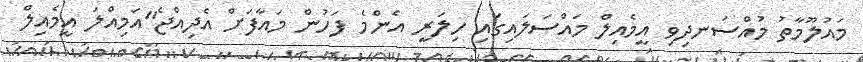
މައުލޫމާތު މުއްސަނދިވި އީމެއިލް މައްސަލައިގައި ހިލަރީ އެންމެ ފަހުން މައާފަށް އެދިއްޖެ"އަމިއްލަ އީމެއިލް